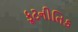
કૂટનીતિક